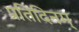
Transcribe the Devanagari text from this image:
प्रतिदिनम्‌